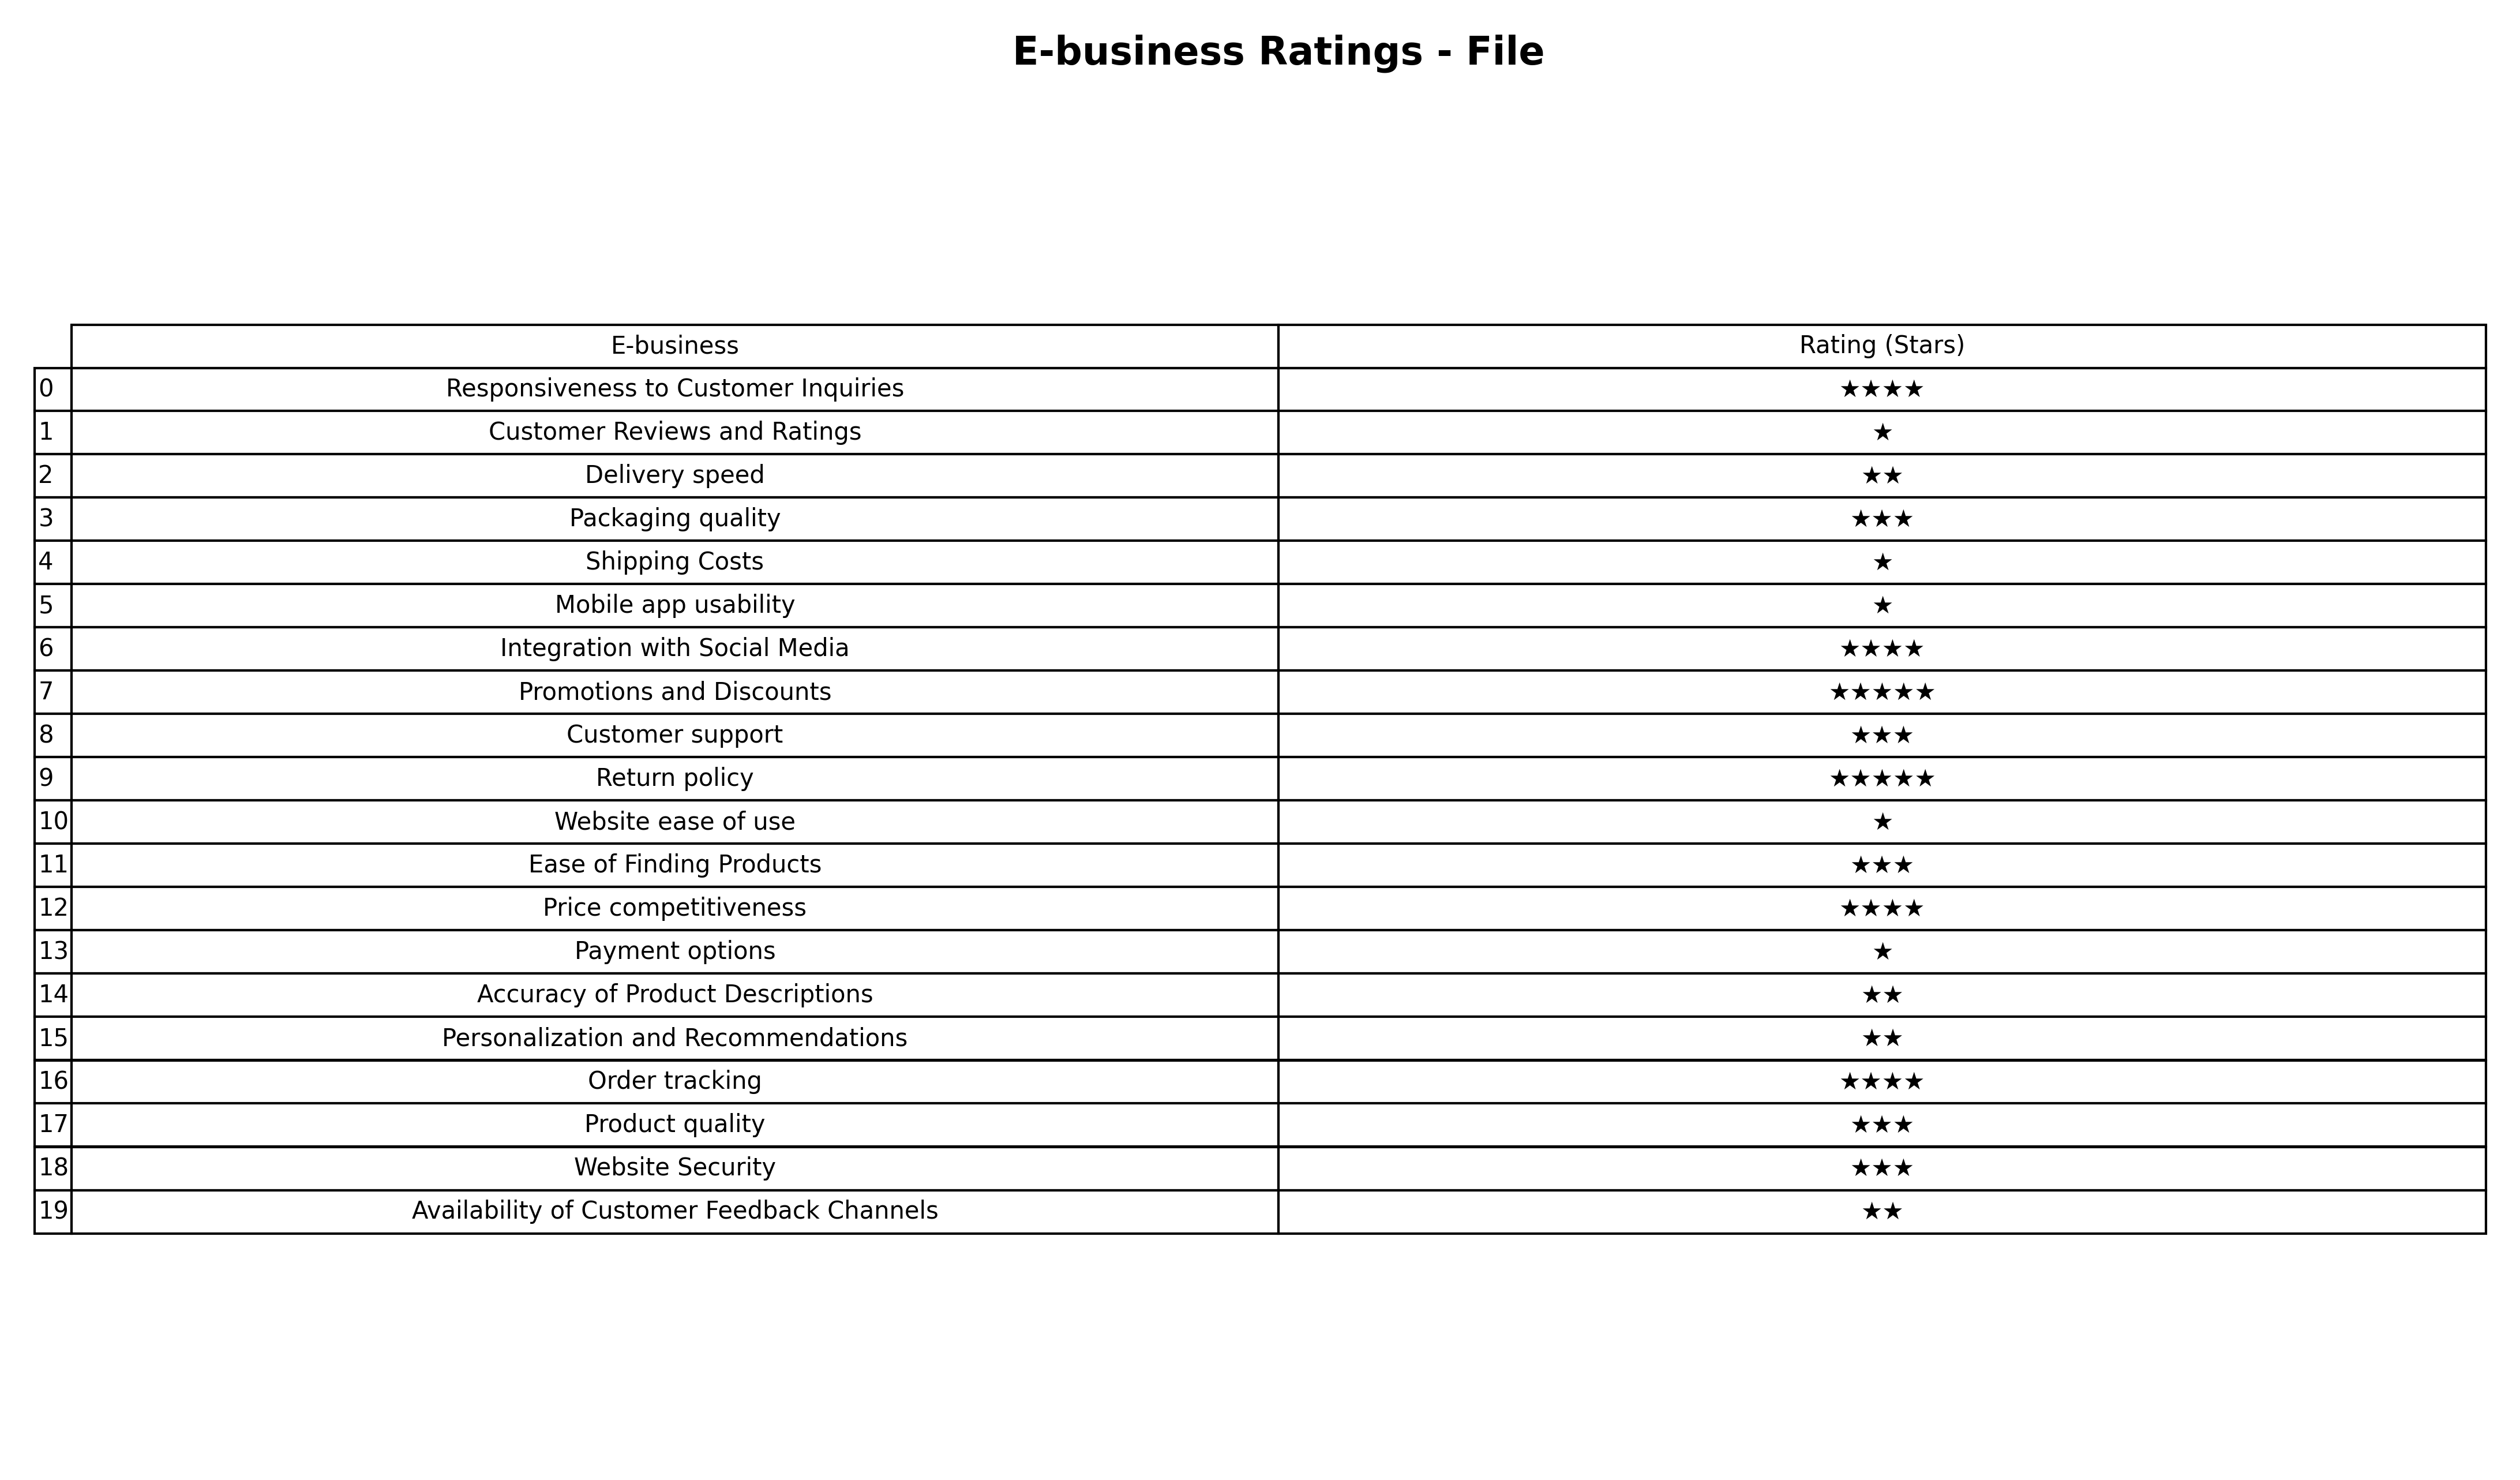
question: What is the rating of Website ease of use?
answer: ★